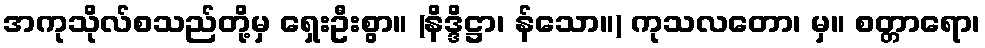
အကုသိုလ်စသည်တို့မှ ရှေးဦးစွာ။ (နိဒ္ဒိဋ္ဌာ၊ န်သော။) ကုသလတော၊ မှ။ စတ္တာရော၊